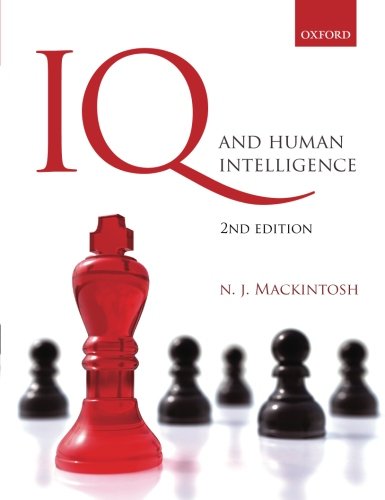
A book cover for IQ and Human Intelligence; Nicholas Mackintosh; Medical Books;